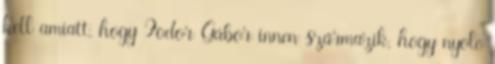
kell amiatt, hogy Fodor Gábor innen származik, hogy nyolc